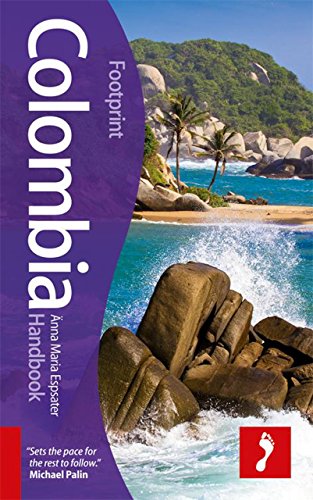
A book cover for Colombia Handbook, 4th (Footprint - Handbooks); Anna Maria Espsater; Travel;